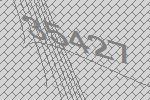
35427